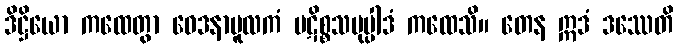
ဒိဋ္ဌိယော ကထေတွာ ဝေဒနာမူလကံ ပဋိစ္စသမုပ္ပါဒံ ကထေသိ။ တေန ဣဒံ ဒဿေတိ